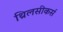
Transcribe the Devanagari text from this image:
थ्रिलसीकर्स